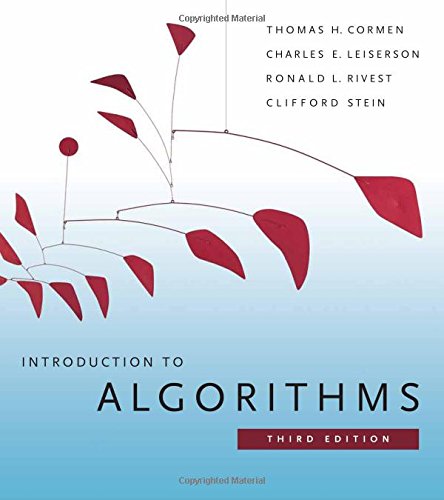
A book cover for Introduction to Algorithms, 3rd Edition; Thomas H. Cormen; Computers & Technology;